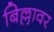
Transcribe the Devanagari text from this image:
बिल्लावर